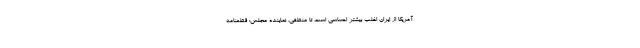
آمریکا از ایران اغلب بیشتر احساسی است تا منطقی. نماینده مجلس: قطعنامه‌